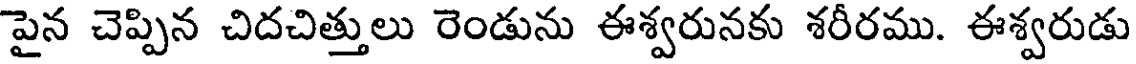
పైన చెప్పిన చిదచిత్తులు రెండును ఈశ్వరునకు శరీరము. ఈశ్వరుడు